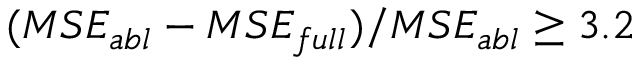
( M S E _ { a b l } - M S E _ { f u l l } ) / M S E _ { a b l } \geq 3 . 2 \